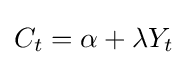
C_{t}=\alpha +\lambda Y_{t}